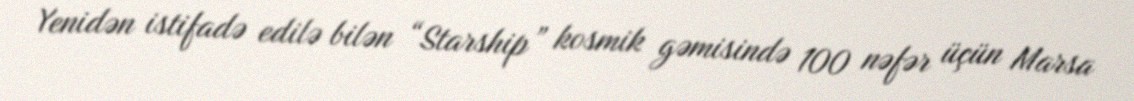
Yenidən istifadə edilə bilən “Starship” kosmik gəmisində 100 nəfər üçün Marsa